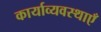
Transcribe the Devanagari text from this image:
कार्याव्यवस्थाएँ